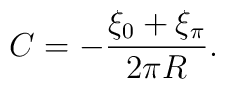
C =  -{\xi_0 + \xi_\pi \over 2\pi R} .